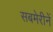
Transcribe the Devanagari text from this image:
सबमेरीनें